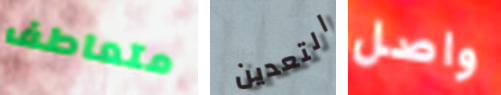
متعاطف التعدين واصل